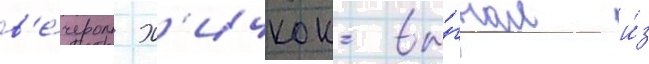
в'е́чером х'ичкок вы́гнал и́з